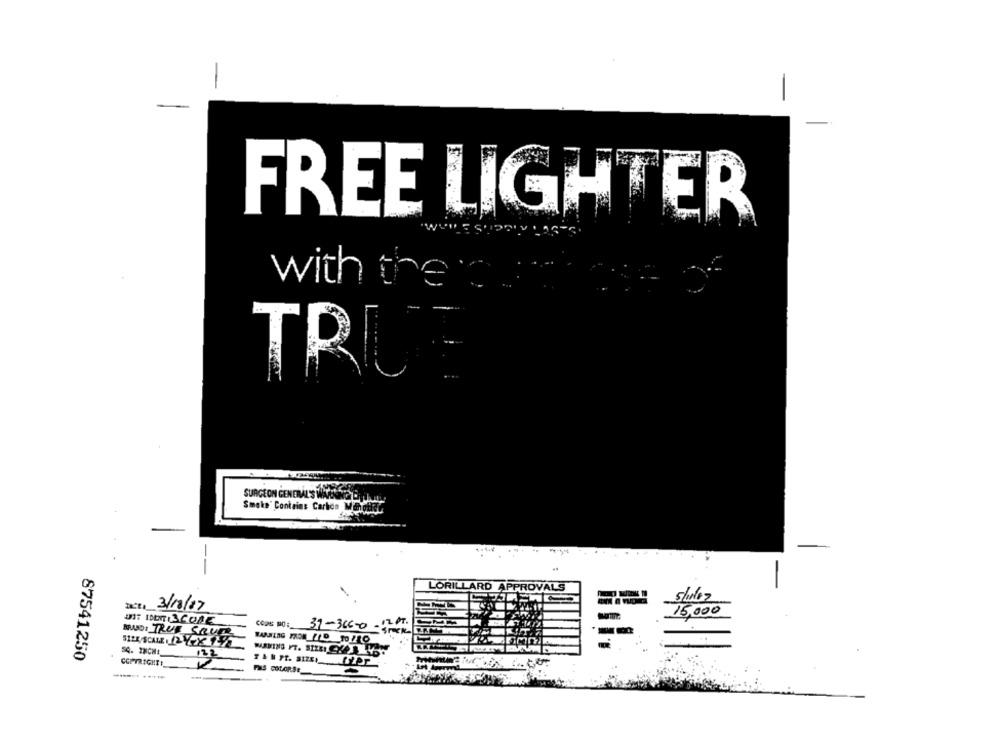
FREE LIGHTER
with the
TRU
SURGEON GENERAL'S WA
Smoke' Contains Carbon MahotRC
LORILLARD APPROVALS
5/11/67
Ducto 3/18/07
15,000
J3: IDENT 3CORE
CCos: NO: 31-366-0-12 PT.
SIER/SCALE , YX 12
SQ. INCHE
87541250
COPYRIGHT!
POIS COLORSE_